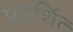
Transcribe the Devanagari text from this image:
प्रदर्शित्‍